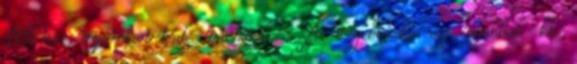
160as nyomtavval vannak . A régebbiek, az újabbak kb